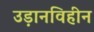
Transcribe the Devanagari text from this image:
उड़ानविहीन